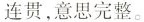
连贯,意思完整。